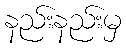
နည်းနည်းမှ